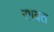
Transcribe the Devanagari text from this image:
रग़बत